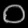
Digit: ၀